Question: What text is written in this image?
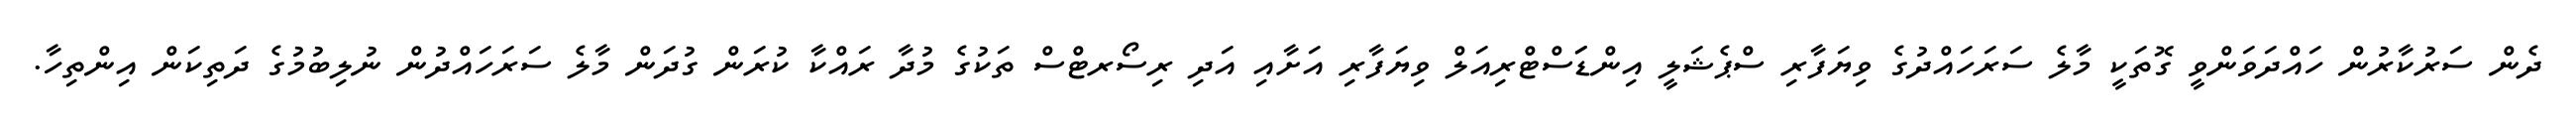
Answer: ދެން ސަރުކާރުން ހައްދަވަންވީ ގޮތަކީ މާލެ ސަރަހައްދުގެ ވިޔަފާރި ސްޕެޝަލީ އިންޑަަސްޓްރިއަލް ވިޔަފާރި އަށާއި އަދި ރިސޯރޓްސް ތަކުގެ މުދާ ރައްކާ ކުރަން ގުދަން މާލެ ސަރަހައްދުން ނުލިބުމުގެ ދަތިކަން އިންތިހާ.